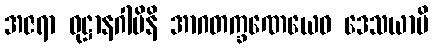
အဇရာ ဝုဋ္ဌာနဂါမိနိ အာဂတက္ခဏေယေဝ ဒေသယာမိ